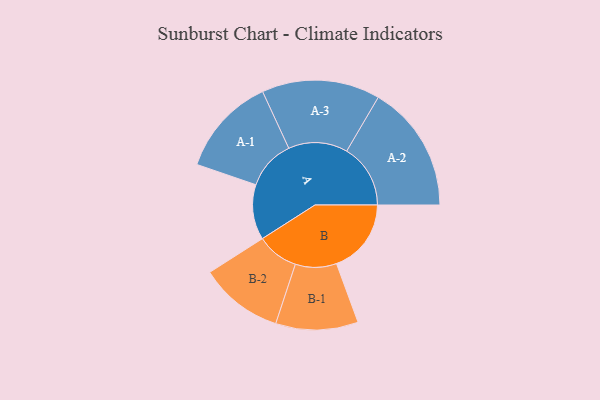
{"axis": {"x": "Segment", "y": "Value"}, "legend": ["", "A", "B"], "data": [{"x": "A", "y": 166, "type": ""}, {"x": "B", "y": 225, "type": ""}, {"x": "A-1", "y": 149, "type": "A"}, {"x": "A-2", "y": 192, "type": "A"}, {"x": "A-3", "y": 178, "type": "A"}, {"x": "B-1", "y": 124, "type": "B"}, {"x": "B-2", "y": 126, "type": "B"}]}